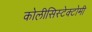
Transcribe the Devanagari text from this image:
कोलीसिस्टेक्टोमी